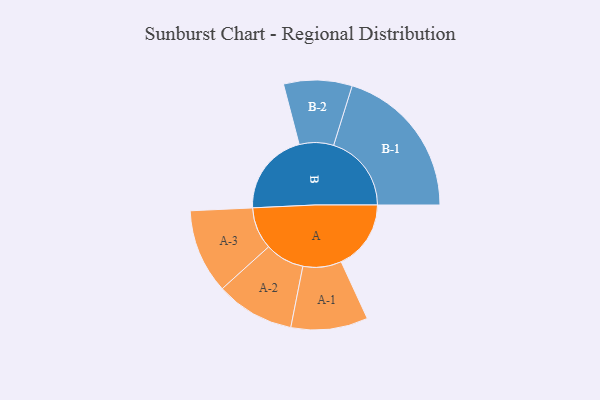
{"axis": {"x": "Segment", "y": "Value"}, "legend": ["", "A", "B"], "data": [{"x": "A", "y": 245, "type": ""}, {"x": "B", "y": 293, "type": ""}, {"x": "A-1", "y": 135, "type": "A"}, {"x": "A-2", "y": 138, "type": "A"}, {"x": "A-3", "y": 148, "type": "A"}, {"x": "B-1", "y": 273, "type": "B"}, {"x": "B-2", "y": 120, "type": "B"}]}